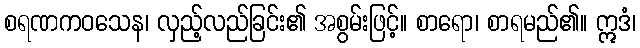
စရဏကဝသေန၊ လှည့်လည်ခြင်း၏ အစွမ်းဖြင့်။ စာရော၊ စာရမည်၏။ ဣဒံ၊